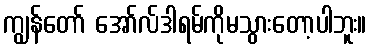
ကျွန်တော် အော်လ်ဒါရမ်ကိုမသွားတော့ပါဘူး။